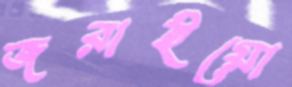
জরাইয়ো